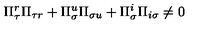
\Pi _ { \tau } ^ { r } \Pi _ { \tau r } + \Pi _ { \sigma } ^ { u } \Pi _ { \sigma u } + \Pi _ { \sigma } ^ { i } \Pi _ { i \sigma } \neq 0